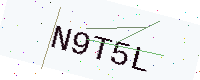
Text: N9T5L